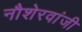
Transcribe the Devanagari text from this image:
नौशेरवांजी